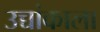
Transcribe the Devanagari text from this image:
उच्चांकाला